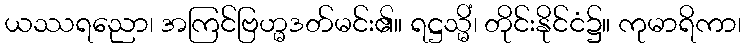
ယဿရညော၊ အကြင်ဗြဟ္မဒတ်မင်း၏။ ရဋ္ဌသ္မိံ၊ တိုင်းနိုင်ငံ၌။ ကုမာရိကာ၊